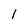
Character: I